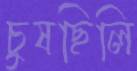
চুষছিলি